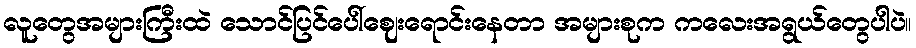
လူတွေအများကြီးထဲ သောင်ပြင်ပေါ်ဈေးရောင်းနေတာ အများစုက ကလေးအရွယ်တွေပါပဲ။